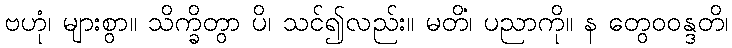
ဗဟုံ၊ များစွာ။ သိက္ခိတွာ ပိ၊ သင်၍လည်း။ မတိံ၊ ပညာကို။ န တွေဝဝန္ဒတိ၊